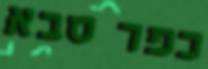
כפר סבא